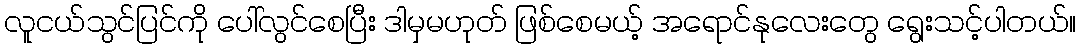
လူငယ်သွင်ပြင်ကို ပေါ်လွင်စေပြီး ဒါမှမဟုတ် ဖြစ်စေမယ့် အရောင်နုလေးတွေ ရွေးသင့်ပါတယ်။